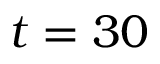
t = 3 0